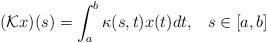
LaTeX: \begin{align*}(\mathcal{K}x)(s) = \int_a^b \kappa (s, t) x (t) d t, \;\;\; s \in [a, b]\end{align*}